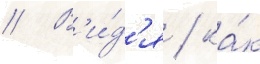
// В'и́д'я / ка́к